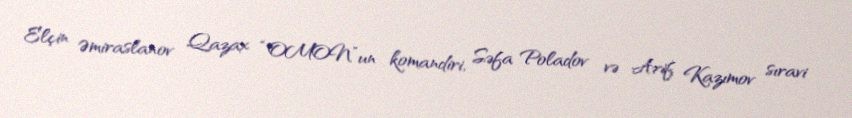
Elçin Əmiraslanov Qazax “OMON”un komandiri, Səfa Poladov və Arif Kazımov sıravi